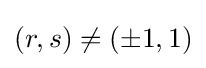
(r,s)\neq (\pm 1,1)